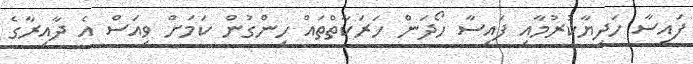
ފައިސާ ހަދިޔާކުރުމާއި ފައިސާ ހޯދަން ހަރަކާތްތައް ހިންގުން ކަމަށް ވިއަސް އެ ދާއިރާގެ